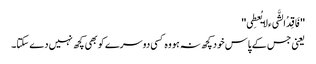
''فَاقِدُالشَّیء لایُعطِی''
یعنی جس کے پاس خود کچھ نہ ہو وہ کسی دوسرے کو بھی کچھ نہیں دے سکتا۔